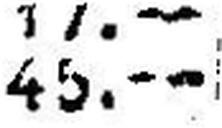
45.—